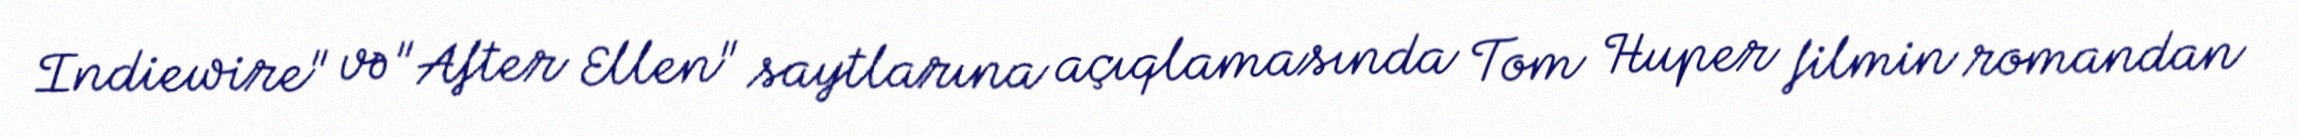
Indiewire" və "After Ellen" saytlarına açıqlamasında Tom Huper filmin romandan